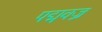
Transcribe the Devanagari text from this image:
पद्मवज्र